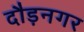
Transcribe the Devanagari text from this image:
दौड़नगर